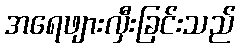
အရေဖျားလှီးခြင်းသည်